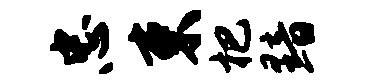
忠束杷黯